Vabadussoja_Ajaloo_Komitee, lk 11
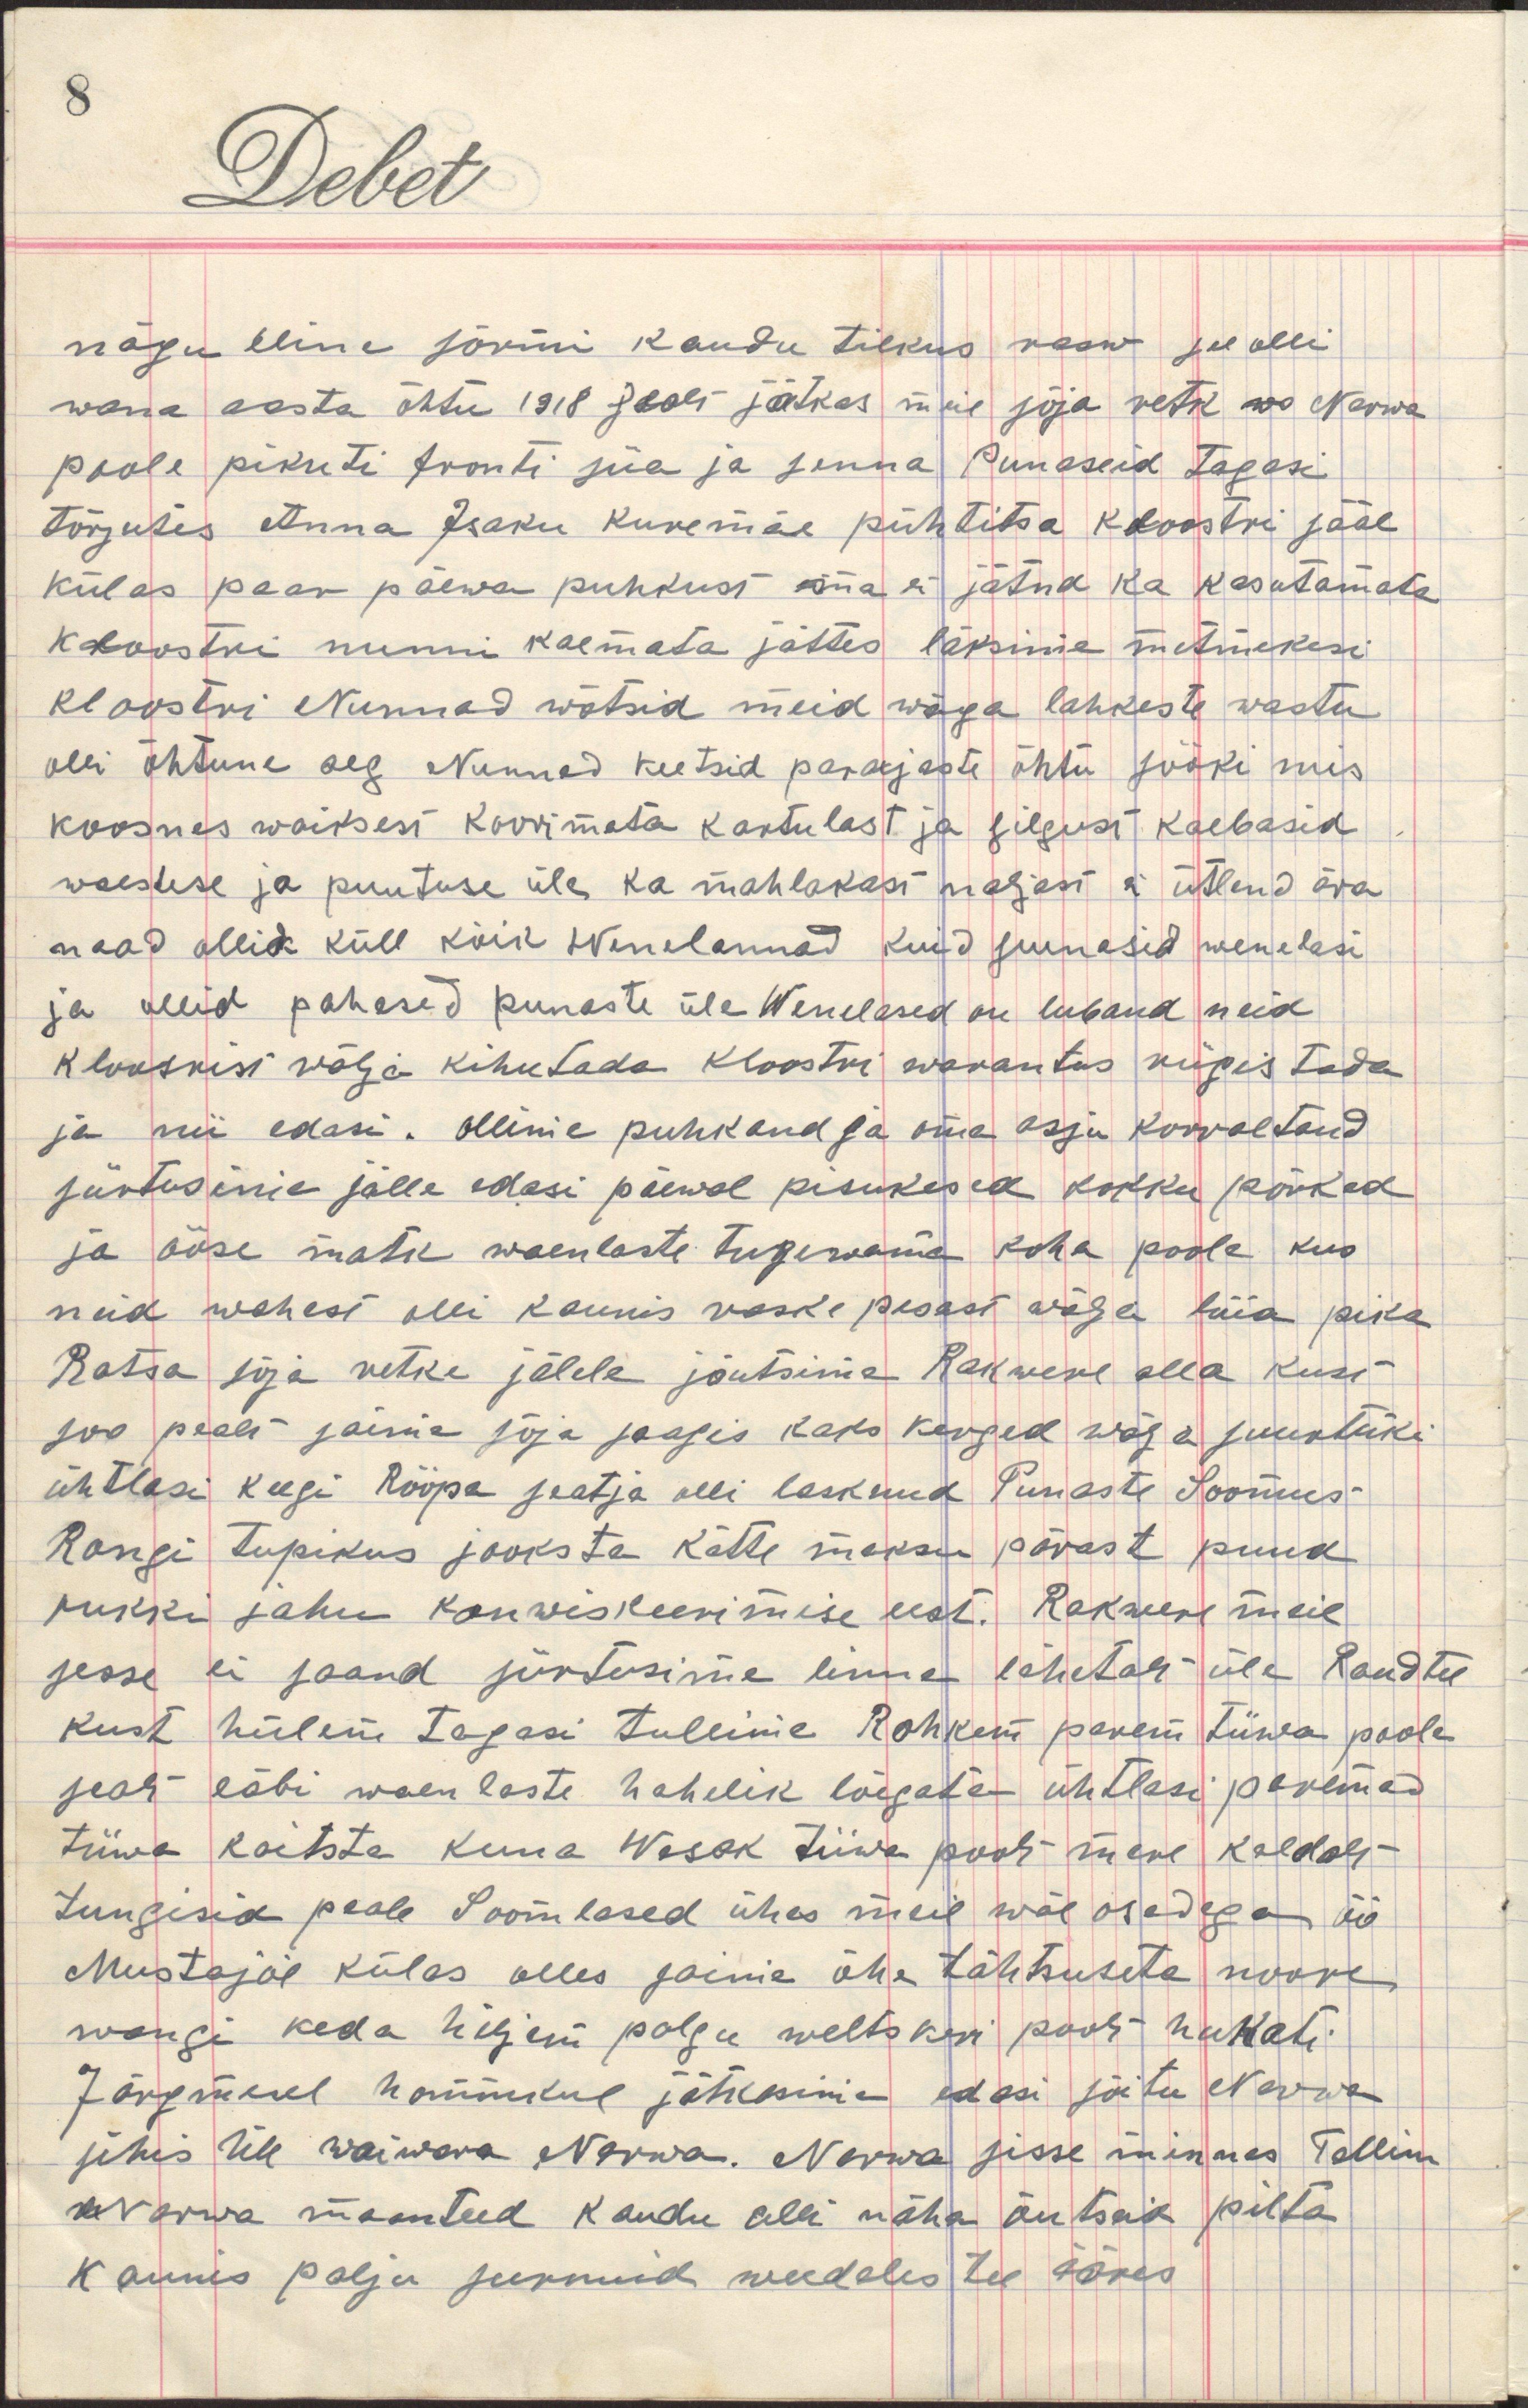
nägu bline sõrmi kaudu tilkus rasw see olli
wana aasta õhtu 1918 sealt jätkus meie sõja retk no Narwa
poole pikuti fronti siia ja sinna Punaseid tagasi
tõrjutes Anna Isaku Kuremäe pühtitsa kloostri sääl
külas paar päewa puhkust ma ei jätna ka kasutamata
kloostri nunni kaemata jättes läksime mitmekesi
kloostri Nunnad wõtsid meid wäga lahkeste wastu
olli õhtune aeg Nunnad keetsid parajaste õhtu sööki mis
koosnes waiksest koorimata kartulast ja silgust kaebasid
waesduse ja puutuse üle ka mahlakas naljast ei ütlend ära
naad ollid küll kõik Wenelannad kuid siunasid wenelasi
ja ollid pahased punaste üle Wenelased on lubanud neid
kloostrist wälja kihutada Kloostri warantus riigistada
ja nii edasi. Ollime puhkand ja oma asju korraltand
siirtusime jälle edasi päewal pisukesed kokku põrked
ja ööse matk waenlaste tugewama koha poole kus
neid wahest olli kaunis raske pesast wälja lüia pika
Ratsa sõja retke jälele jõutsime Rakwere alla kust
soo pealt saime sõja saagis kaks kerged wäge suurtüki
ühtlasi keegi Rööpa seatja olli lasknud Punaste Soomus
Rongi tupikus jooksta kätte maksu pärast puua
rukki jahu konwiskeerimise eest. Rakwere meie
sesse ei saand siirdusime linna lähetale üle Raudtee
kust hillem tagasi tullime Rohkem parem tiiwa poole
sealt läbi waenlaste hahelik lõigates ühtlasi paremad
tiiwa kaitsta kuna Wasak tiiwa poolt mere kaldalt
tungisid peale Soomlased ühes meie wäeosadega öö
Mustajõe külas olles saime ühe tähtsuseta noore
wangi keda hiljem polgu weltskeri poolt hukati
Järgmisel hommikul jätkasime edasi sõitu Narwa
sihis üle waiwara Narwa. Narwa sisse minnes Tallinna
Narwa maanteed kaudu olli näha õutsik pilta
kaunis palju surnuid weedeles tee ääres